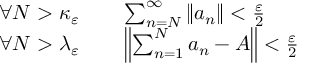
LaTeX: \begin{array} { r l } { \forall N > \kappa _ { \varepsilon } } & { { } \quad \sum _ { n = N } ^ { \infty } \| a _ { n } \| < { \frac { \varepsilon } { 2 } } } \\ { \forall N > \lambda _ { \varepsilon } } & { { } \quad \left\| \sum _ { n = 1 } ^ { N } a _ { n } - A \right\| < { \frac { \varepsilon } { 2 } } } \end{array}